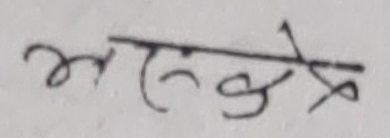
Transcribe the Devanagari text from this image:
अनंकेल